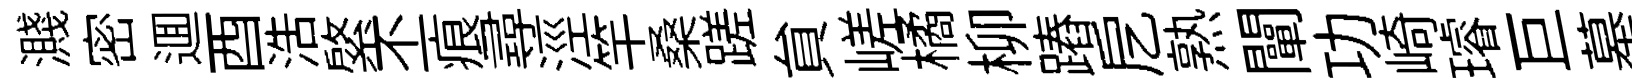
濺密逥酉浩綮丕痕尋涇竿桑蹉貟嵯橘柳蹖戹熟闡功崎璿巨墓